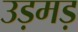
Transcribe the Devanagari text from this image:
उड़मड़